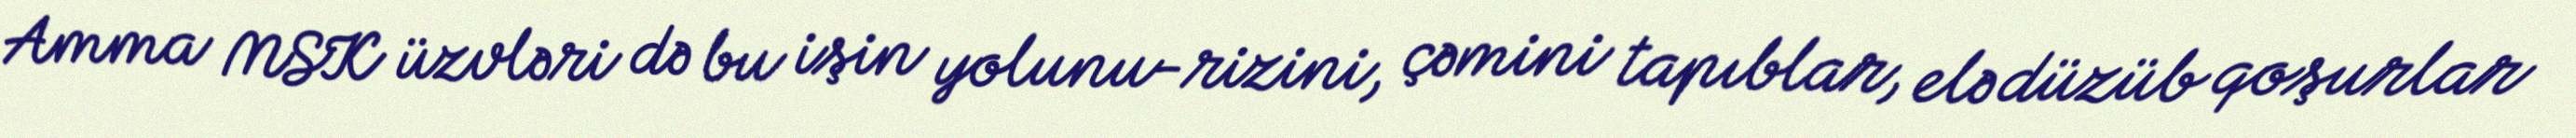
Amma MSK üzvləri də bu işin yolunu-rizini, çəmini tapıblar, elə düzüb qoşurlar